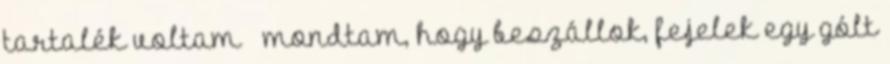
tartalék voltam – mondtam, hogy beszállok, fejelek egy gólt